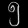
Digit: ၅